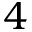
4